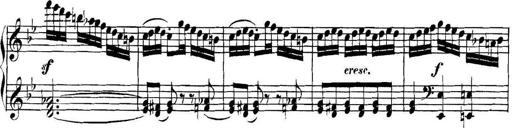
Title: Collected Piano Sonatas
Composer: Muzio Clementi